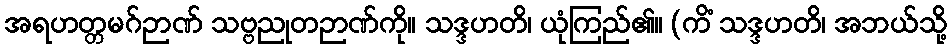
အရဟတ္တမဂ်ဉာဏ် သဗ္ဗညုတဉာဏ်ကို။ သဒ္ဒဟတိ၊ ယုံကြည်၏။ (ကိံ သဒ္ဒဟတိ၊ အဘယ်သို့